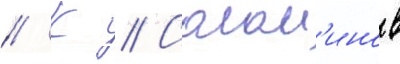
// К // Солом'инов